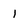
Character: l